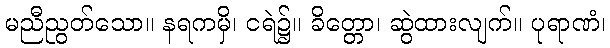
မညီညွတ်သော။ နရကမှိ၊ ငရဲ၌။ ခိတ္တော၊ ဆွဲထားလျက်။ ပုရာဏံ၊